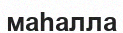
маһалла